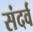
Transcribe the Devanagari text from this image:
संदर्व